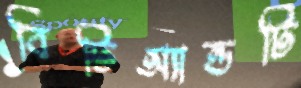
বিটিঅ্যান্ডটি